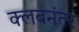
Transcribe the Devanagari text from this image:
क्लबनंतर